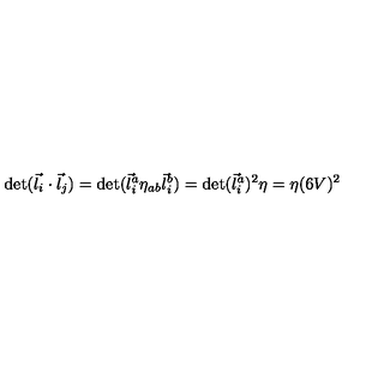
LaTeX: \det ( \vec { l } _ { i } \cdot \vec { l } _ { j } ) = \det ( \vec { l } _ { i } ^ { a } \eta _ { a b } \vec { l } _ { i } ^ { b } ) = \det ( \vec { l } _ { i } ^ { a } ) ^ { 2 } \eta = \eta ( 6 V ) ^ { 2 }